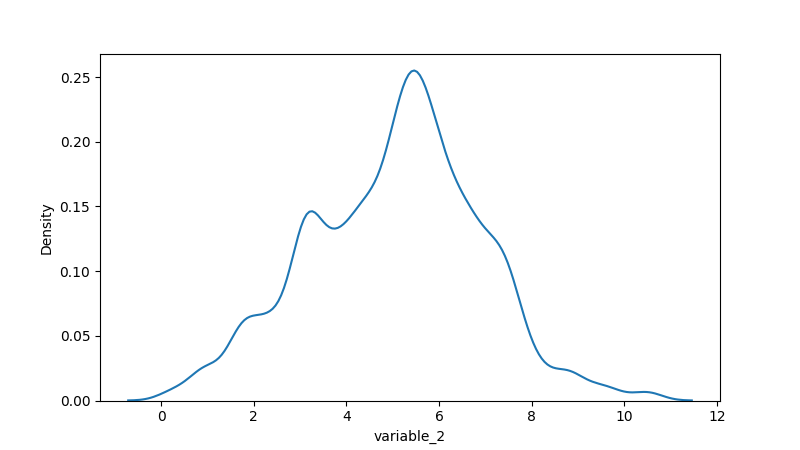
python, seaborn, kdeplot, hue='None', fill=False, bw_adjust=0.5